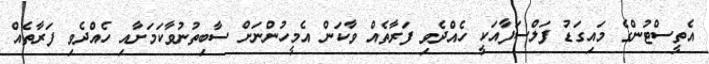
އެތީސްޓުންގެ މައިގަޑު ފަލްސަފާއަކީ ހެއްދެވި ފަރާތެއް ވާކަން އެމީހުންނަށް ސާބިތުނުވާކަމަށާއި ހެއްދެވި ފަރާތެއް